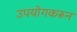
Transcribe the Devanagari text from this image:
उपयोगकरून